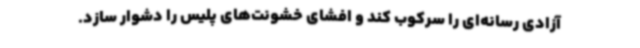
آزادی رسانه‌ای را سرکوب کند و افشای خشونت‌های پلیس را دشوار سازد.